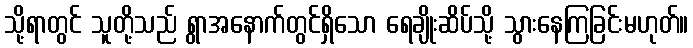
သို့ရာတွင် သူတို့သည် ရွာအနောက်တွင်ရှိသော ရေချိုးဆိပ်သို့ သွားနေကြခြင်းမဟုတ်။